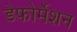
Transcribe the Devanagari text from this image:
डेफोर्मेशन